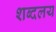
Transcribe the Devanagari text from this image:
शब्दलय